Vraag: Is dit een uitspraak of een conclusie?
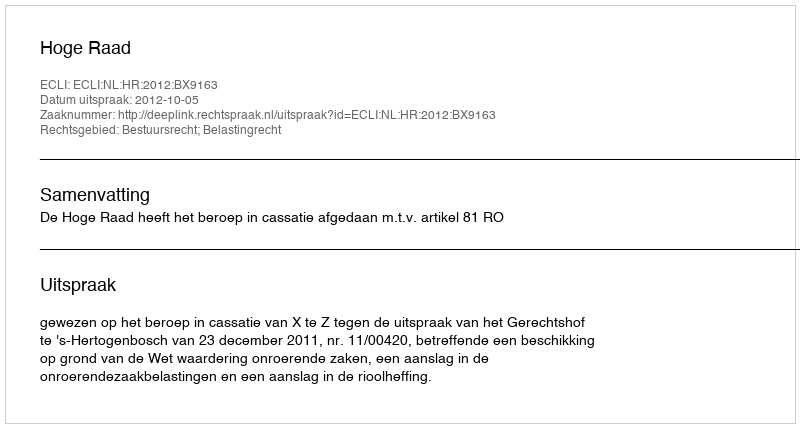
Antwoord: Uitspraak